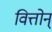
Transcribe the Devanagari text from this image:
वित्तोन्